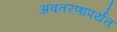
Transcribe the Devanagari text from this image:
अवतरणापर्यंत